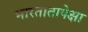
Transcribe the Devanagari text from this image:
भारतातापेक्षा